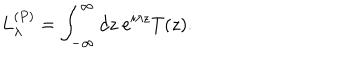
LaTeX: L _ { \lambda } ^ { ( P ) } = \int _ { - \infty } ^ { \infty } d z \ e ^ { i \lambda z } T ( z ) .